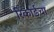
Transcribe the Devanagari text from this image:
रिकार्ड्चा